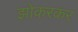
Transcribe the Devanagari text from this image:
झोकरकर